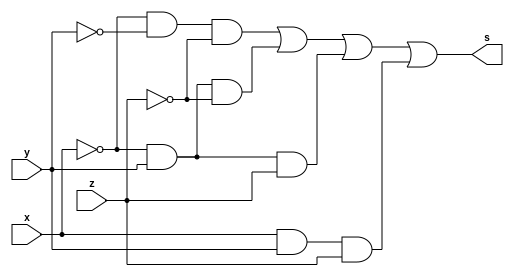
/*
 Guia_0405d.v - v0.0. - 28 / 08 / 2022
 Autor    : Gabriel Vargas Bento de Souza
 Matricula: 778023
 */

/**
 SoP(0, 2, 3, 7)
 */
module SoP (output s,
            input  x, y, z);
   assign s = (~x & ~y & ~z)  // 0
            | (~x &  y & ~z)  // 2
            | (~x &  y &  z)  // 3
            | ( x &  y &  z); // 7
endmodule // SoP

/**
 PoS(1, 4, 5, 6)
 */
module PoS (output S,
            input  X, Y, Z);
   assign S = ( X |  Y | ~Z)  // 1
            & (~X |  Y |  Z)  // 4
            & (~X |  Y | ~Z)  // 5
            & (~X | ~Y |  Z); // 6
endmodule // PoS 

/**
  Guia_0405d.v
 */
module Guia_0405d;
   reg  x, y, z;
   wire s, S;
   
   // instancias
   SoP SOP (s, x, y, z);
   PoS POS (S, x, y, z);
   
   // valores iniciais
   initial begin: start
      x=1'bx; y=1'bx; z=1'bx; // indefinidos
   end

   // parte principal
   initial begin: main
      // identificacao
       $display("Gabriel Vargas Bento de Souza - 778023");
       $display("Test boolean expression");
       $display("\n04.d) SoP(0, 2, 3, 7) = PoS(1, 4, 5, 6)\n");

       // monitoramento
       $display(" x  y  z  SoP(0, 2, 3, 7)  PoS(1, 4, 5, 6)");
       $monitor("%2b %2b %2b %9b %16b", x, y, z, s, S);

       // sinalizacao
          x=0; y=0; z=0;
       #1           z=1;
       #1      y=1; z=0;
       #1           z=1;
       #1 x=1; y=0; z=0;
       #1           z=1;
       #1      y=1; z=0;
       #1           z=1;

   end
endmodule // Guia_0405d

// --------------------------------------------------------------------- testes
/*
C:\Users\Gabriel\Desktop\CC-PUC\2Periodo\ARQ1\Tarefas\Guia04>vvp Guia_0405e.vvp
Gabriel Vargas Bento de Souza - 778023
Test boolean expression

04.e) SoP(0, 3, 5, 7, 8, 10, 14, 15) = PoS (1, 2, 4, 6, 9, 11, 12, 13)

 x  y  z  SoP(0, 3, 5, 7, 8, 10, 14, 15)  PoS (1, 2, 4, 6, 9, 11, 12, 13)
 0  0  0               1                                1
 0  0  1               0                                0
 0  0  0               0                                0
 0  0  1               1                                1
 0  1  0               0                                0
 0  1  1               1                                1
 0  1  0               0                                0
 0  1  1               1                                1
 1  0  0               1                                1
 1  0  1               0                                0
 1  0  0               1                                1
 1  0  1               0                                0
 1  1  0               0                                0
 1  1  1               0                                0
 1  1  0               1                                1
 1  1  1               1                                1
*/